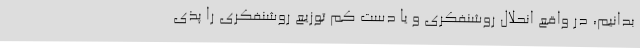
بدانیم، در واقع انحلال روشنفکری و یا دست کم توزیع روشنفکری را پذی